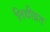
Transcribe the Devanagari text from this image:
तिथीव्रत